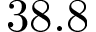
3 8 . 8